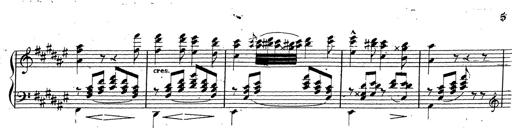
Title: Canzone Napolitana
Composer: Franz Liszt